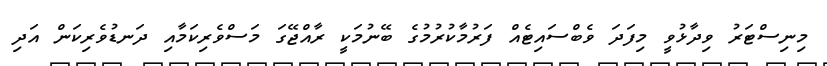
މިނިސްޓަރު ވިދާޅުވީ މިފަދަ ވެބްސައިޓެއް ފަރުމާކުރުމުގެ ބޭނުމަކީ ރާއްޖޭގަ މަސްވެރިކަމާއި ދަނޑުވެރިކަން އަދި